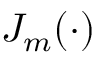
J _ { m } ( \cdot )